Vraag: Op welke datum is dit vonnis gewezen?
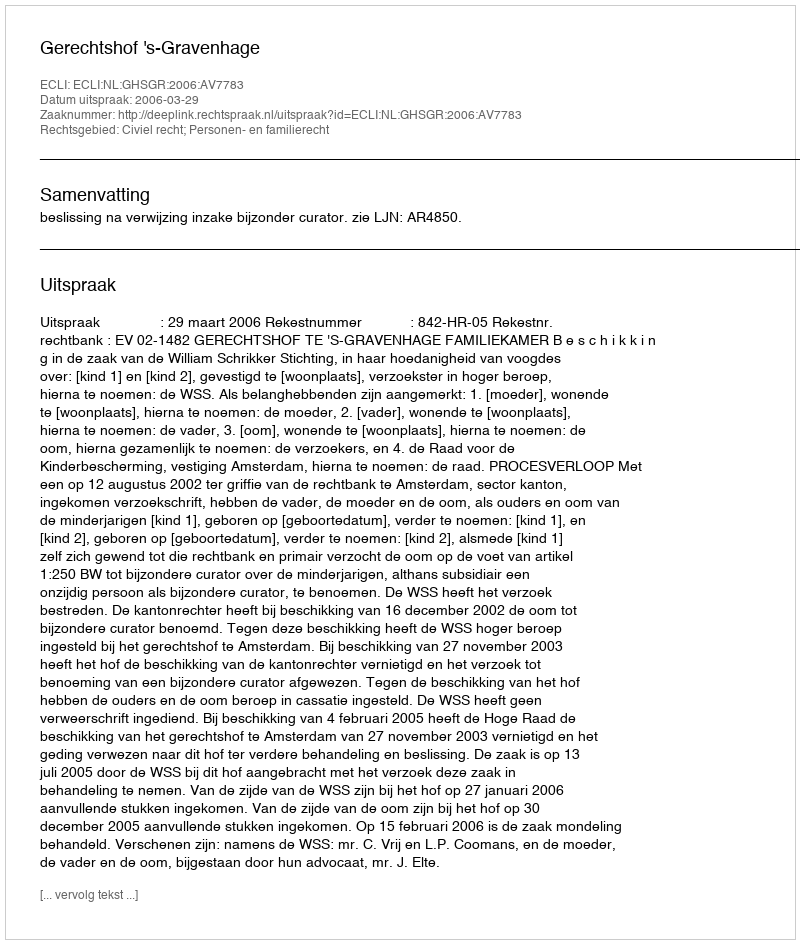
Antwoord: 2006-03-29